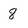
Character: 8